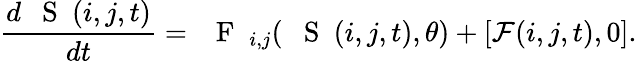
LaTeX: \frac{d\mathrm{~{~\mathbf~S~}~}(i,j,t)}{dt}=\mathrm{~\mathbf~{~F~}~}_{i,j}(\mathrm{~{~\mathbf~S~}~}(i,j,t),\theta)+[{\cal F}(i,j,t),0].